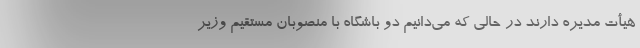
هیأت مدیره دارند در حالی که می‌دانیم دو باشگاه با منصوبان مستقیم وزیر